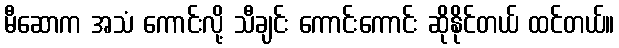
မီဆောက အသံ ကောင်းလို့ သီချင်း ကောင်းကောင်း ဆိုနိုင်တယ် ထင်တယ်။